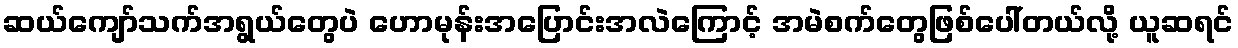
ဆယ်ကျော်သက်အရွယ်တွေပဲ ဟောမုန်းအပြောင်းအလဲကြောင့် အမဲစက်တွေဖြစ်ပေါ်တယ်လို့ ယူဆရင်